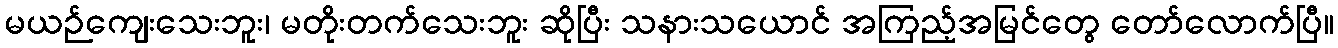
မယဉ်ကျေးသေးဘူး၊ မတိုးတက်သေးဘူး ဆိုပြီး သနားသယောင် အကြည့်အမြင်တွေ တော်လောက်ပြီ။